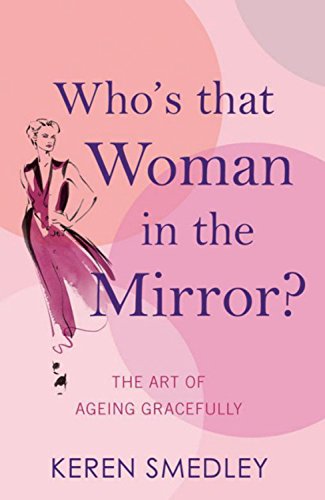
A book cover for Who's That Woman in the Mirror?: The Art of Ageing Gracefully; Keren Smedley; Health, Fitness & Dieting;